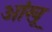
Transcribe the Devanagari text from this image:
आंखू